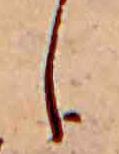
し